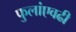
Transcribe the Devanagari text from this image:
फुलांएवढी